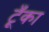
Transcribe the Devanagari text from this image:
टूँका